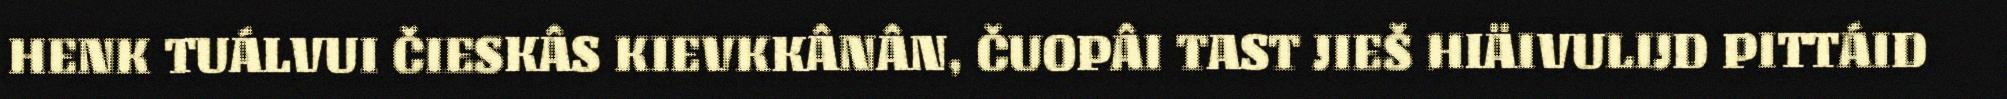
HENK TUÁLVUI ČIESKÂS KIEVKKÂNÂN, ČUOPÂI TAST JIEŠ HIÄIVULIJD PITTÁID